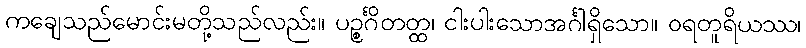
ကချေသည်မောင်းမတို့သည်လည်း။ ပဉ္စင်္ဂိတတ္ထ၊ ငါးပါးသောအင်္ဂါရှိသော။ ဝရတူရိယဿ၊